Vaccination in Bombay 1889-1901 - 1889-1901
Year: 1889
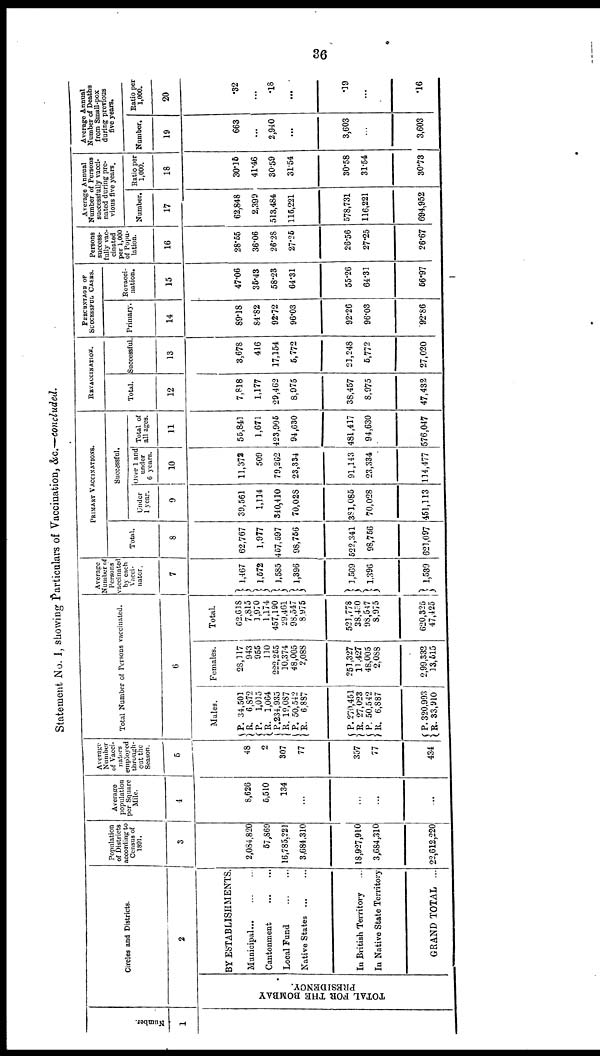
36
Statement No. I, showing Particulars of Vaccination, &c.—concluded.
Number.
1
Circles and Districts.
2
TOTAL FOR THE BOMBAY
PRESIDENCY
BY ESTABLISHMENTS.
Municipal
...
...
...
Cantonment
...
...
Local Fund
...
...
Native States ... ...
In British Territory ...
In Native State Territory
GRAND TOTAL ...
Population
of Districts
according to
Census of
1891.
3
2,084,820
57,869
16,785,221
3,684,310
18,927,910
3,684,310
22,612,220
Average
population
per Square
Mile.
4
8,626
5,510
134
...
...
...
...
Average
Number
of Vacci-
natore
employed
through-
out the
Season.
5
48
2
307
77
357
77
434
Total Number of Persons vaccinated.
6
Males.
P.
R.
P. R.
P.
R.
P.
R.
P.
R.
P.
R
P.
R.
34,501
6,872
1,015
1,064
234,935
l9,087
50,542
6,887
270,451
27,023
50,542
6,887
320,993
33,910
Females.
28,117
943
955
110
222,255
10,374
48,005
2,088
251,327
11,427
48,005
2,088
2,99,332
13,515
Total.
62,618
7,815
1,970
1,174
457,190
29,461
98,547
8,975
521,778
38,450
98,547
8,975
620,325
47,425
Average
Number of
Persons
vaccinated
by each
Vacci-
nator.
7
1,467
1,572
1,585
1,396
1,569
1,396
1,539
PRIMARY VACCINATIONS.
Total.
8
62,767
1,977
457,597
98,756
522,341
98,756
621,097
Successful.
Under
1 year.
9
39,561
1,114
340,410
70,028
381,085
70,028
151,113
Over 1 and
under
6 years.
10
11,372
509
79,262
23,334
91,143
23,334
14,477
Total of
all ages.
11
55,841
1,671
423,905
94,630
481,417
94,630
576,047
REVACCINATION.
Total.
12
7,818
1,177
29,462
8,975
38,457
8,975
47,432
Successful
13
3,678
416
17,154
5,772
21,248
5,772
27,020
PERCENTAGE OF
SUCCESSFUL CASES.
Primary.
14
89.18
84.82
92.72
96.03
92.26
96.03
92.86
Revacci-
nation.
15
47.06
35.43
58.23
64.31
55.26
64.31
56.97
Persons
success-
fully vac-
cinated
per 1,000
of Popu-
lation.
16
28.55
36.06
26.28
27.25
26.56
27.25
26.67
Average Annual
Number of Persons
successfully vacci-
nated during pre-
vious five years.
Number.
17
62,848
2,399
513,484
116,221
578,731
116,221
694,952
Ratio per
1,000.
18
30.15
41.46
30.59
31.54
30.58
31.54
30.73
Average Annual
Number of Deaths
from Small-pox
during previous
five years.
Number.
19
663
...
2,940
...
3,603
...
3,603
Ratio per
1,000.
20
.32
...
.18
...
.19
...
.16